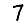
Digit: 7